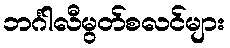
ဘင်္ဂါလီမွတ်စလင်များ